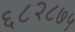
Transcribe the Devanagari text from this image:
६८२८७५